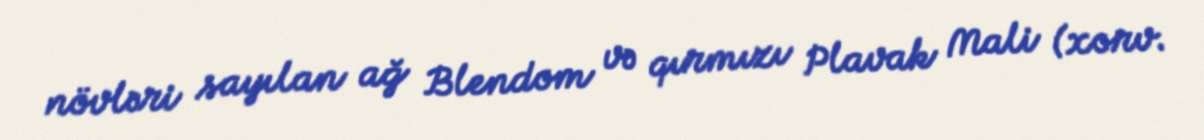
növləri sayılan ağ Blendom və qırmızı Plavak Mali (xorv.